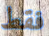
فقط